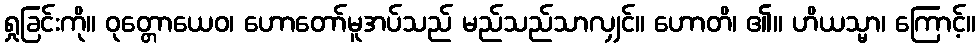
ရှုခြင်းကို။ ဝုတ္တောယေဝ၊ ဟောတော်မူအပ်သည် မည်သည်သာလျှင်။ ဟောတိ၊ ၏။ ဟိယသ္မာ၊ ကြောင့်။